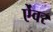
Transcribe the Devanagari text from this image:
ऐंवर